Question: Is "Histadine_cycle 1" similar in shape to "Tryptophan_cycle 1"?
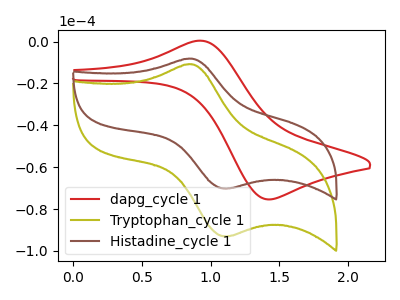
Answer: <think>The red curve "dapg_cycle 1" has an anodic peak at (0.95V, 0.35uA) and a cathodic peak at (1.40V, -75.40uA). The olive curve "Tryptophan_cycle 1" has an anodic peak at (0.85V, -10.85uA) and a cathodic peak at (1.15V, -92.95uA). The brown curve "Histadine_cycle 1" has an anodic peak at (0.85V, -8.20uA) and a cathodic peak at (1.15V, -70.15uA).
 All the peaks in "Histadine_cycle 1" have a peak in "Tryptophan_cycle 1" at the same potential.</think>
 <answer>"Histadine_cycle 1" and "Tryptophan_cycle 1" are similar in shape.</answer>
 <eval>same_shape</eval>